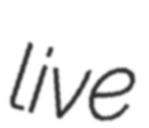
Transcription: live